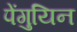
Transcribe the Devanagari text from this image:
पेंगुयिन